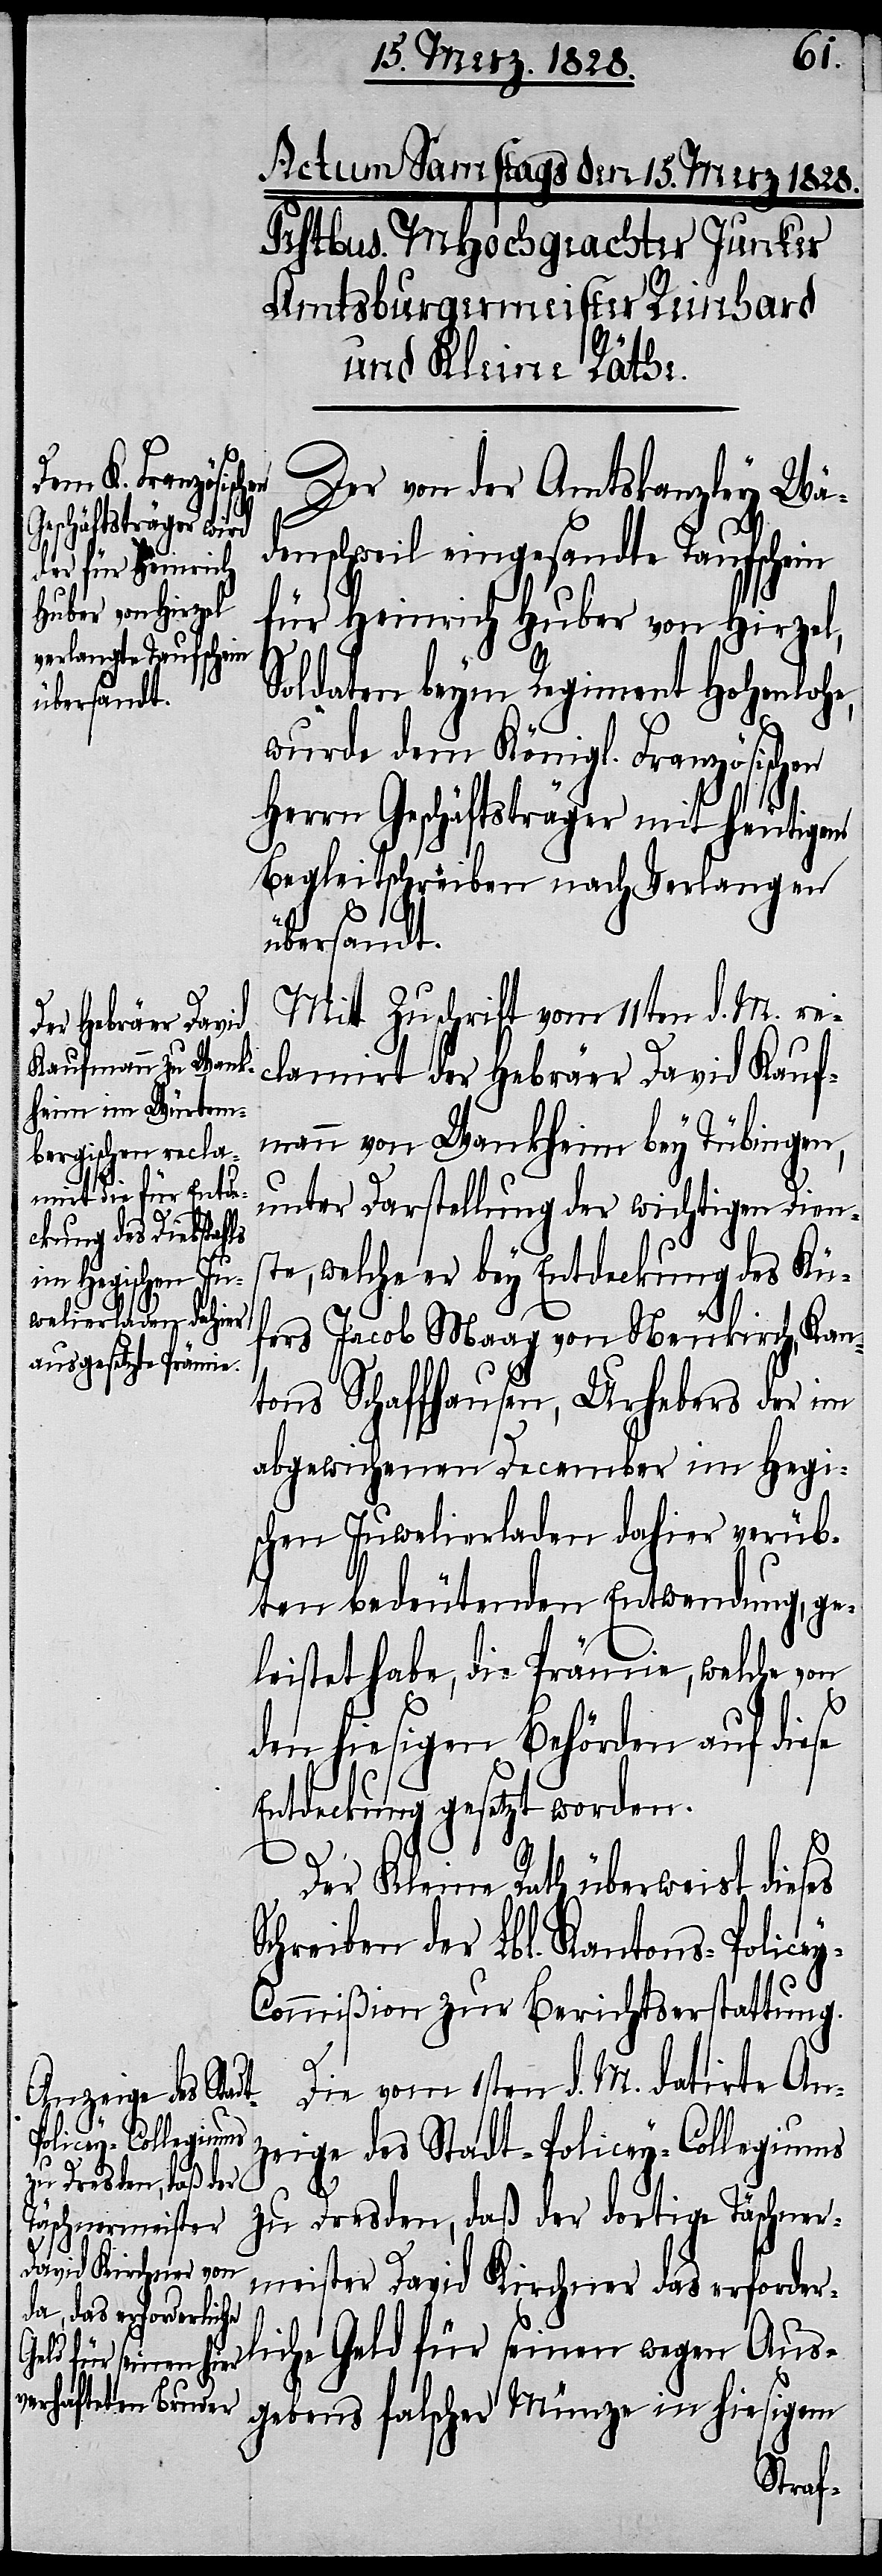
Der von der Amtskanzley Wä¬
denschweil eingesandte Taufschein
für Heinrich Huber von Hirzel,
Soldat beym Regiment Hohenlohe,
wurde dem Königl. Französischen
Herrn Geschäftsträger mit heutigem
Begleitschreiben nach Verlangen
übersandt.
Mit Zuschrift vom 11ten d. M. re¬
clamirt der Hebräer David Kauf¬
mann von Wankheim bey Tübingen,
unter Darstellung der wichtigen Diens¬
te, welche er bey Entdeckung des Küf¬
ers Jacob Maag von Neukirch, Kan¬
tons Schaffhausen, Urhebers des im
abgewichenen December im Hegi¬
schen Juwelierladen dahier verüb¬
ten bedeutenden Entwendung, ge¬
leistet habe, die Prämie, welche von
den hiesigen Behörden auf diese
Entdeckung gesetzt worden.
Der Kleine Rath überweist dieses
Schreiben der Lbl. Kantons-Police¬
y-Commißion zur Berichtserstattung.
Die vom 1sten d. M. datirte An¬
zeige des Stadt-Policey-Collegiums
zu Dresden, daß der dortige Täschner¬
meister David Kirchner das erforder¬
liche Geld für seinen wegen Aus¬
gebens falscher Münze in hiesigem